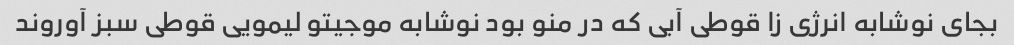
بجای نوشابه انرژی زا قوطی آبی که در منو بود نوشابه موجیتو لیمویی قوطی سبز آوروند